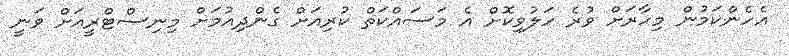
އެހެންކަމުން މިހާރަށް ވުރެ ހަލުވިކޮށް އެ މަސައްކަތް ކުރިއަށް ގެންދިއުމަށް މިނިސްޓްރީއަށް ވަނީ